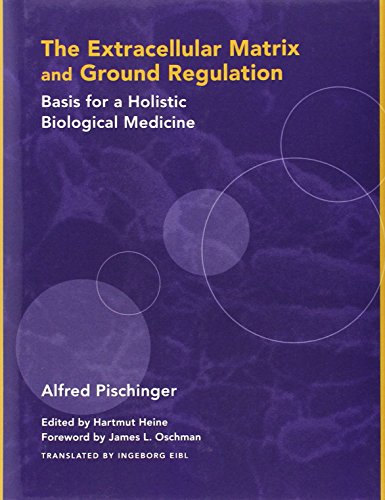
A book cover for The Extracellular Matrix and Ground Regulation: Basis for a Holistic Biological Medicine; Alfred Pischinger; Medical Books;